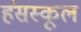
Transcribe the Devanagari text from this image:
हंसस्कूल